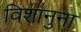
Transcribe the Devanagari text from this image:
विशानुना